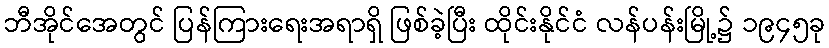
ဘီအိုင်အေတွင် ပြန်ကြားရေးအရာရှိ ဖြစ်ခဲ့ပြီး ထိုင်းနိုင်ငံ လန်ပန်းမြို့၌ ၁၉၄၅ခု